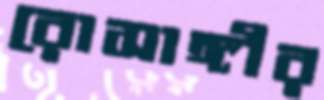
রোসাঙ্গীর